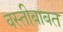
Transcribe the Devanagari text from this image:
वस्तीबाबत